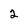
Character: 2